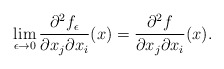
\begin{align*}\lim\limits_{\epsilon\to0}\frac{\partial^2 f_{\epsilon}}{\partial x_j\partial x_i}(x)= \frac{\partial^2 f}{\partial x_j\partial x_i}(x).\end{align*}